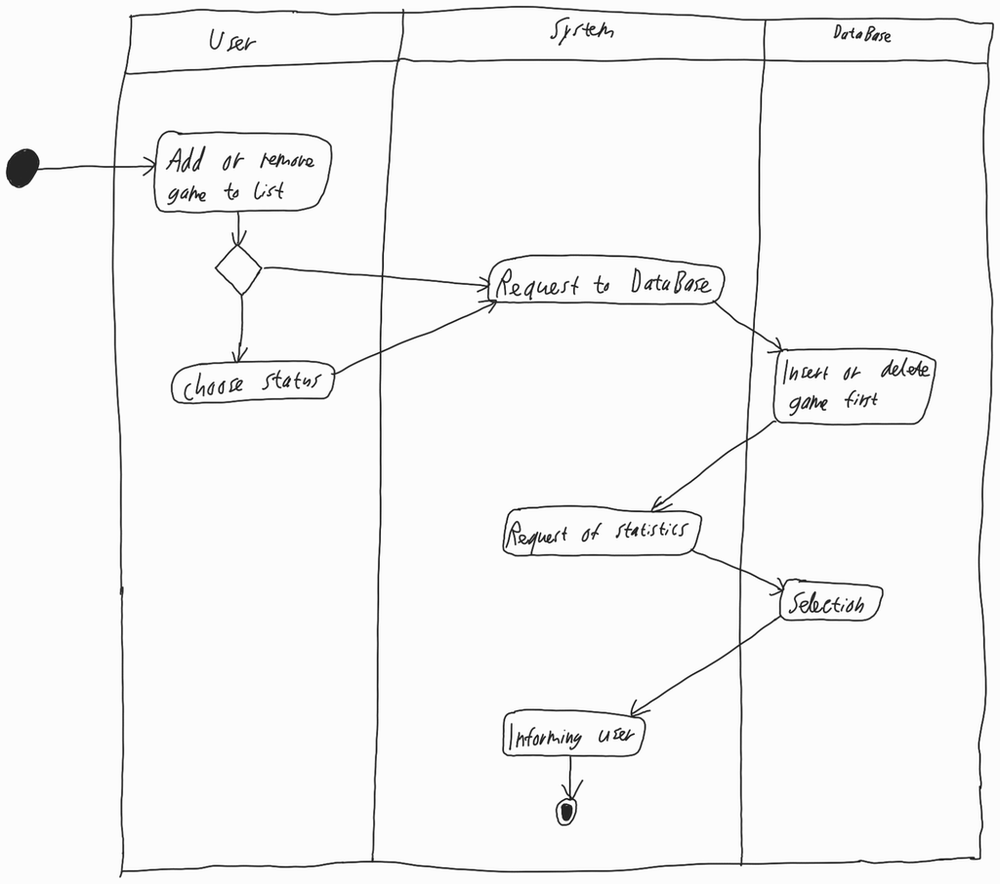
Diagram type: activity_diagram
```plantuml
@startuml

|User|

start

:Add or remove game to list;

if ()
  :Choose status;
endif

|System|

:Request to DataBase;

|DataBase|

:Insert or delete game first;

|System|

:Request of statistics;

|DataBase|

:Selection;

|System|

:Informing user;

stop

@enduml
```